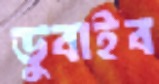
ডুবাইব